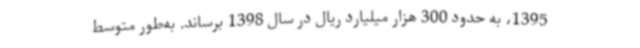
1395، به حدود 300 هزار میلیارد ریال در سال 1398 برساند. به‌طور متوسط